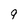
Character: g